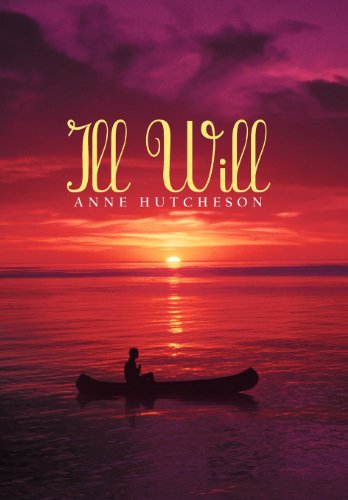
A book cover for Ill Will; Anne Hutcheson; Literature & Fiction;